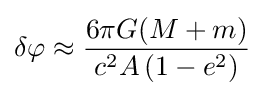
\delta \varphi \approx {\frac {6\pi G(M+m)}{c^{2}A\left(1-e^{2}\right)}}